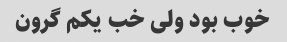
خوب بود ولی خب یکم گرون